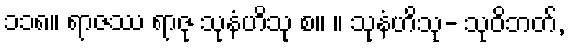
၁၁၈။ ရာဇဿ ရာဇု သုနံဟိသု စ။ ။ သုနံဟိသု- သုဝိဘတ်,